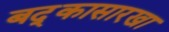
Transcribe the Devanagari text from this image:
बद्कासारखा